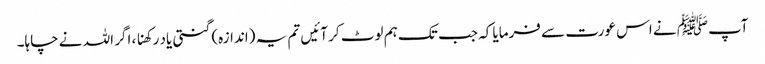
آپﷺ نے اس عورت سے فرمایا کہ جب تک ہم لوٹ کر آئیں تم یہ (اندازہ) گنتی یاد رکھنا ، اگر اللہ نے چاہا۔